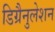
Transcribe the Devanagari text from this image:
डिग्रैनुलेशन